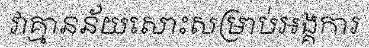
វាគ្មានន័យសោះសម្រាប់អង្គការ